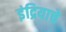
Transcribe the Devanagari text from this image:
इंद्रियाचे